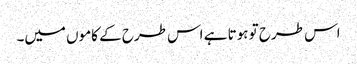
اس طرح تو ہوتا ہے اس طرح کے کاموں میں۔